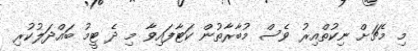
މި މެޗަށް ނިކުތްއިރު ވެސް މުބާރާތުން ކަޓާފައިވާ މި ދެ ޓީމު ބައްދަލުކުރި